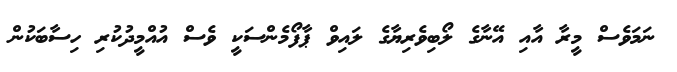
ނަމަވެސް މީރާ އާއި އޭނާގެ ލޯބިވެރިޔާގެ ލައިވް ޕާފޯމެންސަކީ ވެސް އުއްމީދުކުރި ހިސާބަކުން